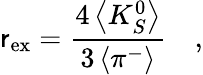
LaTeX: \mathsf{r}_{\mathrm{{ex}}}=\frac{{4\left<K_{S}^{0}\right>}}{{3\left<\pi^{-}\right>}}\quad,